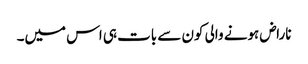
ناراض ہونے والی کون سے بات ہی اس میں۔